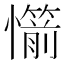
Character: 𢤣